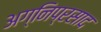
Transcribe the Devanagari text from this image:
अग्निप्रसाद